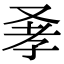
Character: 𠭂